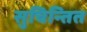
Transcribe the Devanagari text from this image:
सुचिन्तित